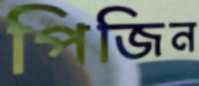
পিজিন